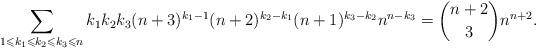
LaTeX: \begin{align*}\sum_{1\leqslant k_1\leqslant k_2\leqslant k_3\leqslant n}k_1 k_2 k_3(n+3)^{k_1-1}(n+2)^{k_2-k_1}(n+1)^{k_3-k_2}n^{n-k_3}={n+2\choose 3}n^{n+2}.\end{align*}